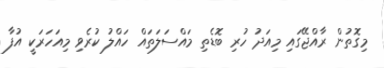
މިގޮތުން ރާއްޖޭގައި މިއަދު ހުރި ބޮޑެތި މައްސަލަތައް ހައްްލު ކުރެވި މިއަހަރަކީ އުފާ